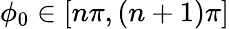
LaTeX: \phi_{0}\in[n\pi,(n+1)\pi]